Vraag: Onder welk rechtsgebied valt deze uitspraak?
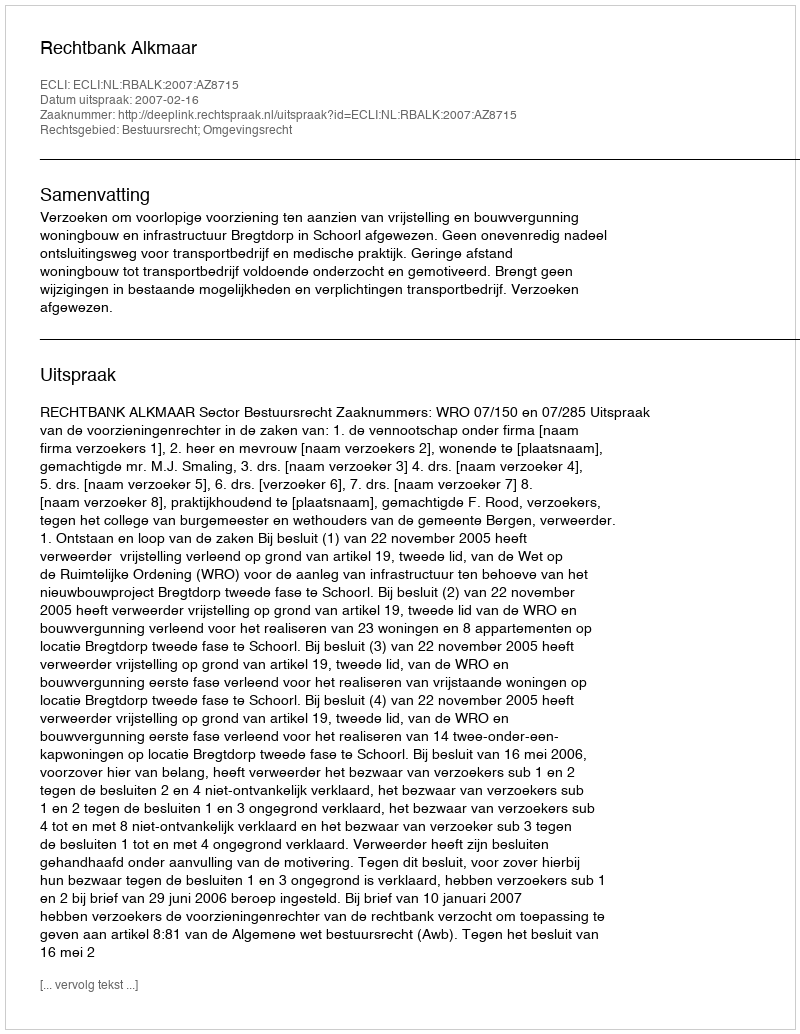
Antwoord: Bestuursrecht; Omgevingsrecht